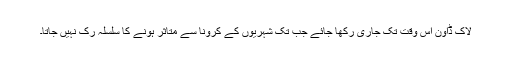
لاک ڈاؤن اس وقت تک جاری رکھا جائے جب تک شہریوں کے کرونا سے متاثر ہونے کا سلسلہ رک نہیں جاتا۔